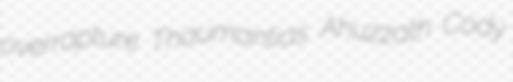
overrapture Thaumantias Ahuzzath Cody